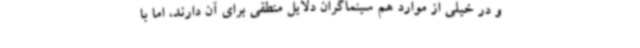
و در خیلی از موارد هم سینماگران دلایل منطقی برای آن دارند، اما با